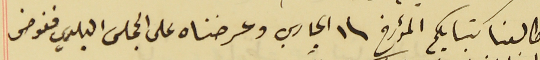
طالعنا كتابكم المؤرخ فى ١ الجاري وعرضناه على المجلس البلدي ففوض